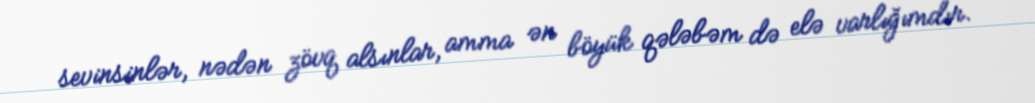
sevinsinlər, nədən zövq alsınlar, amma ən böyük qələbəm də elə varlığımdır.